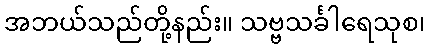
အဘယ်သည်တို့နည်း။ သဗ္ဗသင်္ခါရေသုစ၊